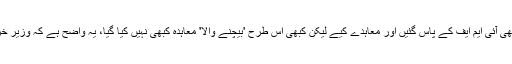
سابق چیئرمین سینیٹ نے کہا کہ گزشتہ حکومتیں بھی آئی ایم ایف کے پاس گئیں اور معاہدے کیے لیکن کبھی اس طرح 'بیچنے والا' معاہدہ کبھی نہیں کیا گیا، یہ واضح ہے کہ وزیر خزانہ کو تبدیل کرکے آئی ایم ایف کا بندہ لایا گیا ہے۔